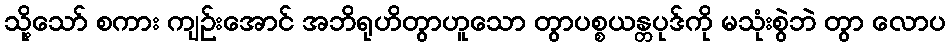
သို့သော် စကား ကျဉ်းအောင် အဘိရုဟိတွာဟူသော တွာပစ္စယန္တပုဒ်ကို မသုံးစွဲဘဲ တွာ လောပ